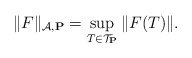
\begin{align*} \| F \|_{{\mathcal A},{\mathbf P}}= \sup_{T\in {\mathcal T}_{\mathbf{P}}} \| F(T) \|. \end{align*}